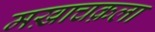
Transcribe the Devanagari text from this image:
मख़ाचक़ला